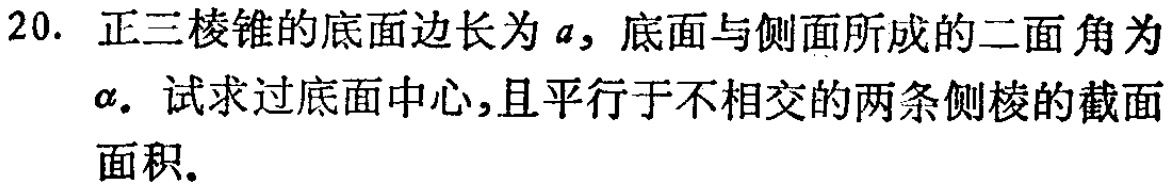
20. 正三棱锥的底面边长为\(a\)，底面与侧面所成的二面角为\(\alpha\). 试求过底面中心,且平行于不相交的两条侧棱的截面面积.